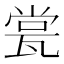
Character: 瓽